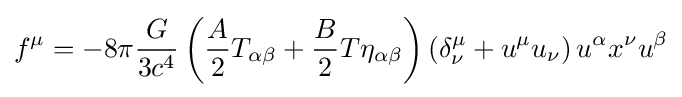
f^{\mu }=-8\pi {G \over {3c^{4}}}\left({A \over 2}T_{\alpha \beta }+{B \over 2}T\eta _{\alpha \beta }\right)\left(\delta _{\nu }^{\mu }+u^{\mu }u_{\nu }\right)u^{\alpha }x^{\nu }u^{\beta }